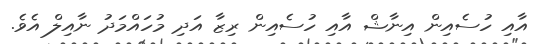
އާއި ހުސެއިން އިނާޝް އާއި ހުސެއިން ރިޒާ އަދި މުހައްމަދު ނާއިލް އެވެ.